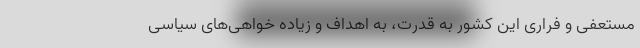
مستعفی و فراری این کشور به قدرت، به اهداف و زیاده خواهی‌های سیاسی